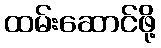
ထမ်းဆောင်ဖို့